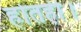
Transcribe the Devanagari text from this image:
होतही।